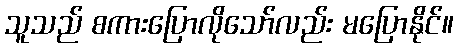
သူသည် စကားပြောလိုသော်လည်း မပြောနိုင်။